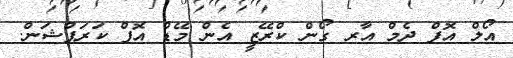
އޯލް އޮފް ދެމް އާރ ގޯން ކްރޭޒީ އެން މޭޑް އޮފް ކަރަޕްޝަން.